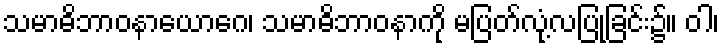
သမာဓိဘာဝနာယောဂေ၊ သမာဓိဘာဝနာကို မပြတ်လုံ့လပြုခြင်း၌။ ဝါ၊